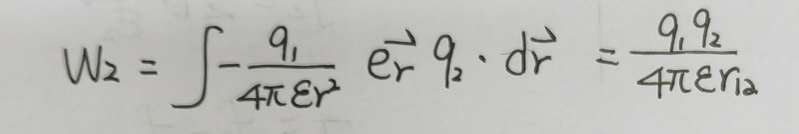
\(W_{2}=\int-\frac{q_{1}}{4\pi\varepsilon r^{2}}\vec{e_{r}}q_{2}\cdot d\vec{r}=\frac{q_{1}q_{2}}{4\pi\varepsilon r_{12}}\)